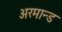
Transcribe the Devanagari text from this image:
अरमान्ड